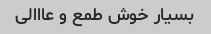
بسیار خوش طمع و عااالی